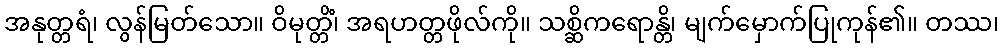
အနုတ္တရံ၊ လွန်မြတ်သော။ ဝိမုတ္တိံ၊ အရဟတ္တဖိုလ်ကို။ သစ္ဆိကရောန္တိ၊ မျက်မှောက်ပြုကုန်၏။ တဿ၊